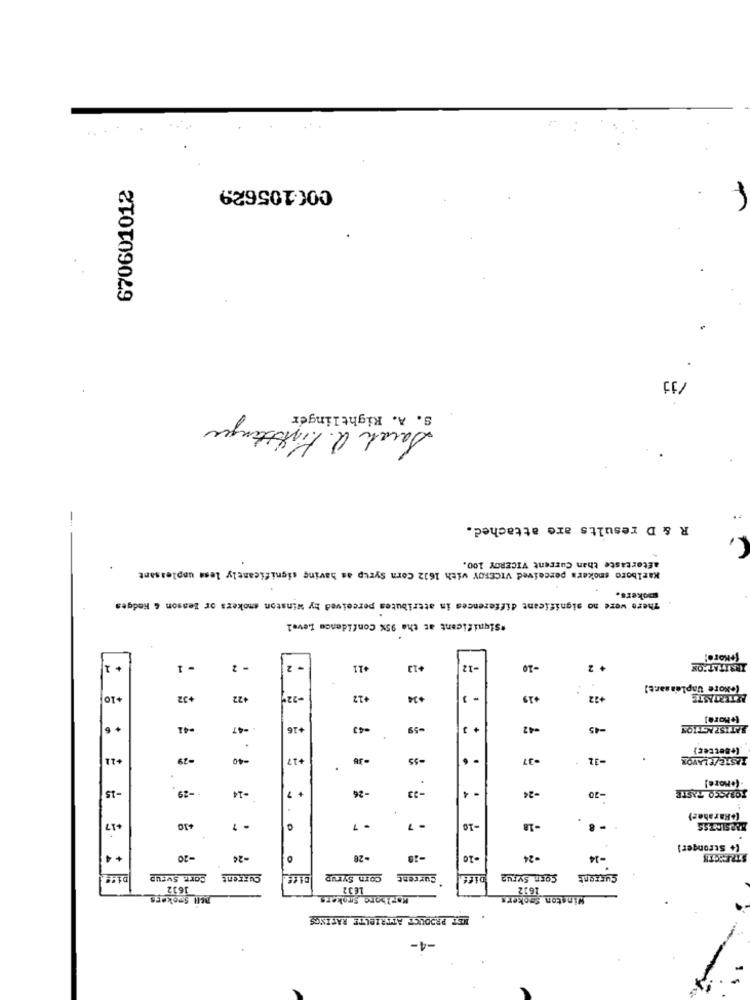
670601012
COC105629
/jj
S. A. Rightlinger
Sarah Q. Fintstangen
-
R & D results are attached.
aftertaste than Current VICEROY 100.
Karlboro smokers perceived VICEROY with 1612 Corn Syrup as having significantly less unpleasant
pokers.
There were no significant differences in attributes perceived by Winston smokers or Benson & Hedges
*Significant at the 95% Confidence Level
[+More!
+ 1
- 1
- 2
+11
+13
-12
-10
+ 2
IRRITATION
(+More Uapleasar.e)
+10
+32
+22
-22℃
+12
+34
+19
+22
PETERTASTE
(+More]
+ 6
-41
-47
+16
-43
-59
-42
-45
SATISFACTION
(+Better}
+11
-40
+17
-55
-37
-31
RASTE/FLAVOR
-15
-26
-23
-- 29
-14
7
- 4
-24
-20
TOBACCO TASTE
.
[+Rarahez)
+17
+10
- 1
- 7
. 7
-10
-18
- 8
(+ Stronger)
-20
-24
-28
-28
-10
-24
-14
STRENGTH
O
Di !!
Cort. Svrup
Current
Corn Syrup
Current
Corn Syrup
Current
1632
1632
ACH Spokers
Kap bare Srokers
Winston Smokers
NET PRODUCT ATTRIBUTE RATINGS
-4-